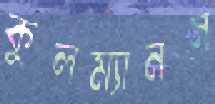
কুলম্যানস